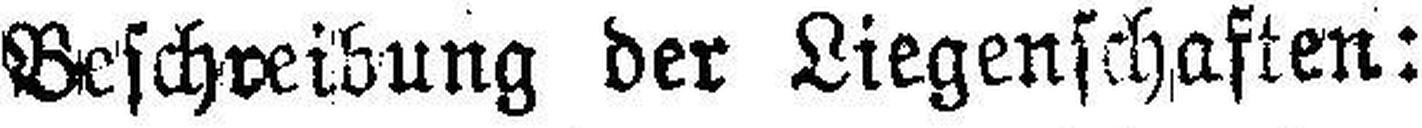
Beschreibung der Liegenschaften: